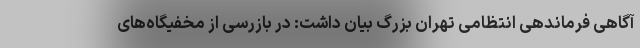
آگاهی فرماندهی انتظامی تهران بزرگ بیان داشت: در بازرسی از مخفیگاه‌های